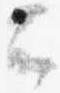
云